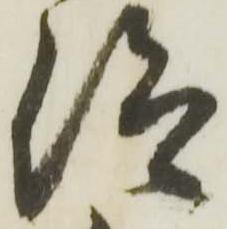
仰